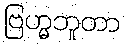
ဗြဟ္မဘူတာ